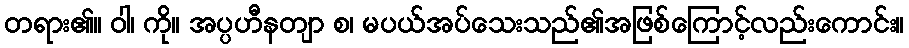
တရား၏။ ဝါ၊ ကို။ အပ္ပဟီနတျာ စ၊ မပယ်အပ်သေးသည်၏အဖြစ်ကြောင့်လည်းကောင်း။